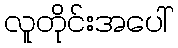
လူတိုင်းအပေါ်